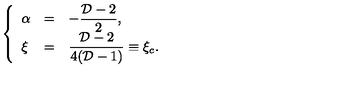
\left\{ \begin{array} { l l l } { \alpha } & { = } & { \displaystyle - { \frac { { \cal D } - 2 } { 2 } } , } \\ { \xi } & { = } & { \displaystyle { \frac { { \cal D } - 2 } { 4 ( { \cal D } - 1 ) } } \equiv \xi _ { c } . } \\ \end{array} \right.